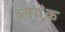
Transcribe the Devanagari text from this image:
ब्ला॓क